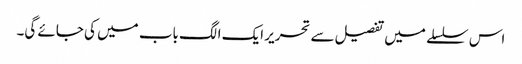
اس سلسلے میں تفصیل سے تحریر ایک الگ باب میں کی جائے گی۔